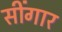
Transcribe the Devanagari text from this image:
सींगार